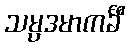
သမ္ပဒမာကင်္ခီ